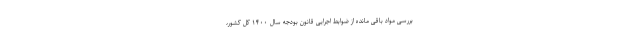
بررسی مواد باقی مانده از ضوابط اجرایی قانون بودجه سال ۱۴۰۰ کل کشور،